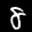
Label: 8